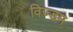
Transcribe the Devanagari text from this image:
विज्डम